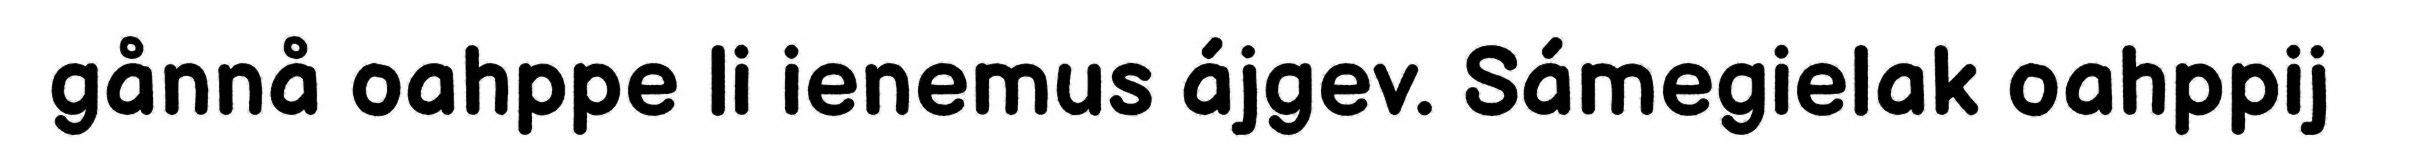
gånnå oahppe li ienemus ájgev. Sámegielak oahppij